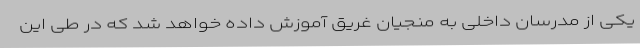
یکی از مدرسان داخلی به منجیان غریق آموزش داده خواهد شد که در طی این